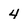
Character: 4